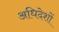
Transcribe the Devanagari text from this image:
अधिदेशों